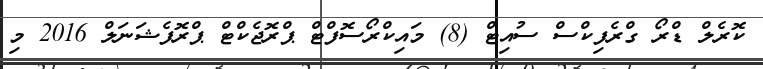
ކޮރެލް ޑްރޯ ގްރެފިކްސް ސުއިޓް (8) މައިކްރޯސޮފްޓް ޕްރޮޖެކްޓް ޕްރޮފެޝަނަލް 2016 މި